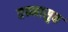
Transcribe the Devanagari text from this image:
तन्नासुव